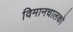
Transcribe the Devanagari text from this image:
विमानचालको